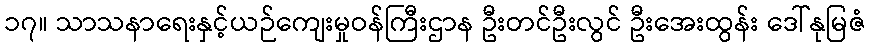
၁၇။ သာသနာရေးနှင့်ယဉ်ကျေးမှုဝန်ကြီးဌာန ဦးတင်ဦးလွင် ဦးအေးထွန်း ဒေါ်နုမြဇံ